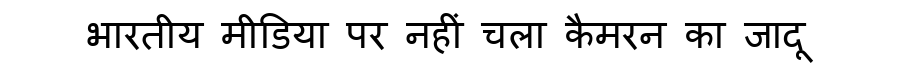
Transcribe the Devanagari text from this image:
भारतीय मीडिया पर नहीं चला कैमरन का जादू